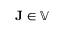
\mathbf { J } \in \mathbb { V }